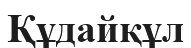
Құдайқұл